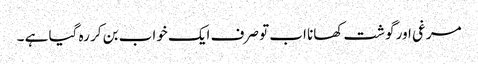
مرغی اور گوشت کھانا اب تو صرف ایک خواب بن کر رہ گیا ہے ۔